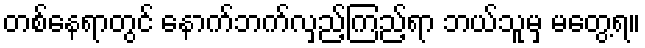
တစ်နေရာတွင် နောက်ဘက်လှည့်ကြည့်ရာ ဘယ်သူမှ မတွေ့ရ။